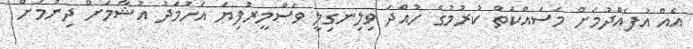
އެއް އުފެއްދުމަށް މަސައްކަތް ކުރުމުގެ ހުއްދަ ވިލިނގިލީ ވަސްމީރުފިޔަ އަހުމަދު އުޝާމަށް ދިނުމަށް